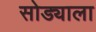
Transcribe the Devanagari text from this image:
सोड्याला